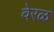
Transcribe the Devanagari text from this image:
वेरळ